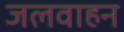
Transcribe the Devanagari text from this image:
जलवाहन